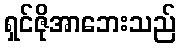
ရှင်ဇိုအာဘေးသည်